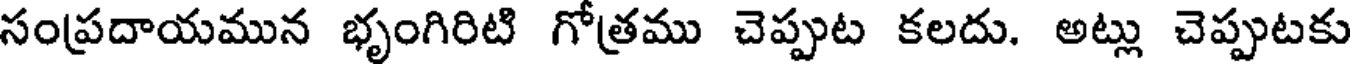
సంప్రదాయమున భృంగిరిటి గోత్రము చెప్పుట కలదు. అట్లు చెప్పుటకు